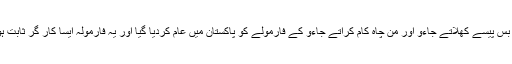
عام آدمی کو بھی کسی ایسی سوچ کی جانب بھٹکنے نہیں دیا گیا، بس پیسے کھلاتے جاءو اور من چاہ کام کراتے جاءو کے فارمولے کو پاکستان میں عام کردیا گیا اور یہ فارمولہ ایسا کار گر ثابت ہوا کہ ملک بدعنوانی نامی کینسر کے مرض میں مبتلہ کر دیا گیا ۔